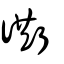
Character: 衖